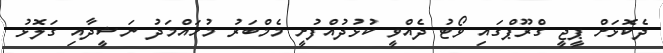
ދެކޮޅަށް ޕީޖީ ގްރޫޕްގައި ވޯޓު ދެއްވީ ކުޅުދުއްފުށީ މެމްބަރު މުހައްމަދު ނަޝީދާއި ގަލޮޅު